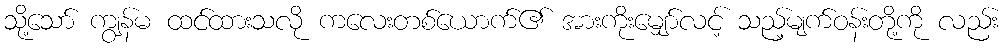
သို့သော် ကျွန်မ ထင်ထားသလို ကလေးတစ်ယောက်၏ အားကိုးမျှော်လင့် သည့်မျက်ဝန်းတို့ကို လည်း